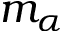
m _ { \alpha }